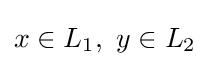
x\in L_{1},\,\,y\in L_{2}